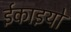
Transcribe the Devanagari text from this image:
ईकाइयो